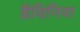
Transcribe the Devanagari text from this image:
डैविनिया